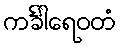
ကင်္ခါရေဝတံ